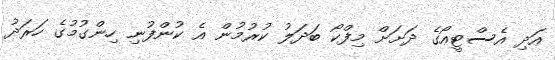
އަދި އެސްޓީއޯގެ ދަށަށް މިފްކޯ ބަދަލު ކުރުމުން އެ ކުންފުނި ހިންގުމުގެ ހަރަދު